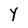
Character: Y